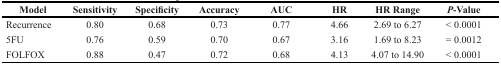
| Model | Sensitivity | Specificity | Accuracy | AUC | HR | HR Range | P-Value |
 | --- | --- | --- | --- | --- | --- | --- | --- |
 | Recurrence | 0.80 | 0.68 | 0.73 | 0.77 | 4.66 | 2.69 to 6.27 | < 0.0001 |
 | 5FU | 0.76 | 0.59 | 0.70 | 0.67 | 3.16 | 1.69 to 8.23 | = 0.0012 |
 | FOLFOX | 0.88 | 0.47 | 0.72 | 0.68 | 4.13 | 4.07 to 14.90 | < 0.0001 |